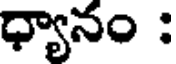
ధ్యానం :